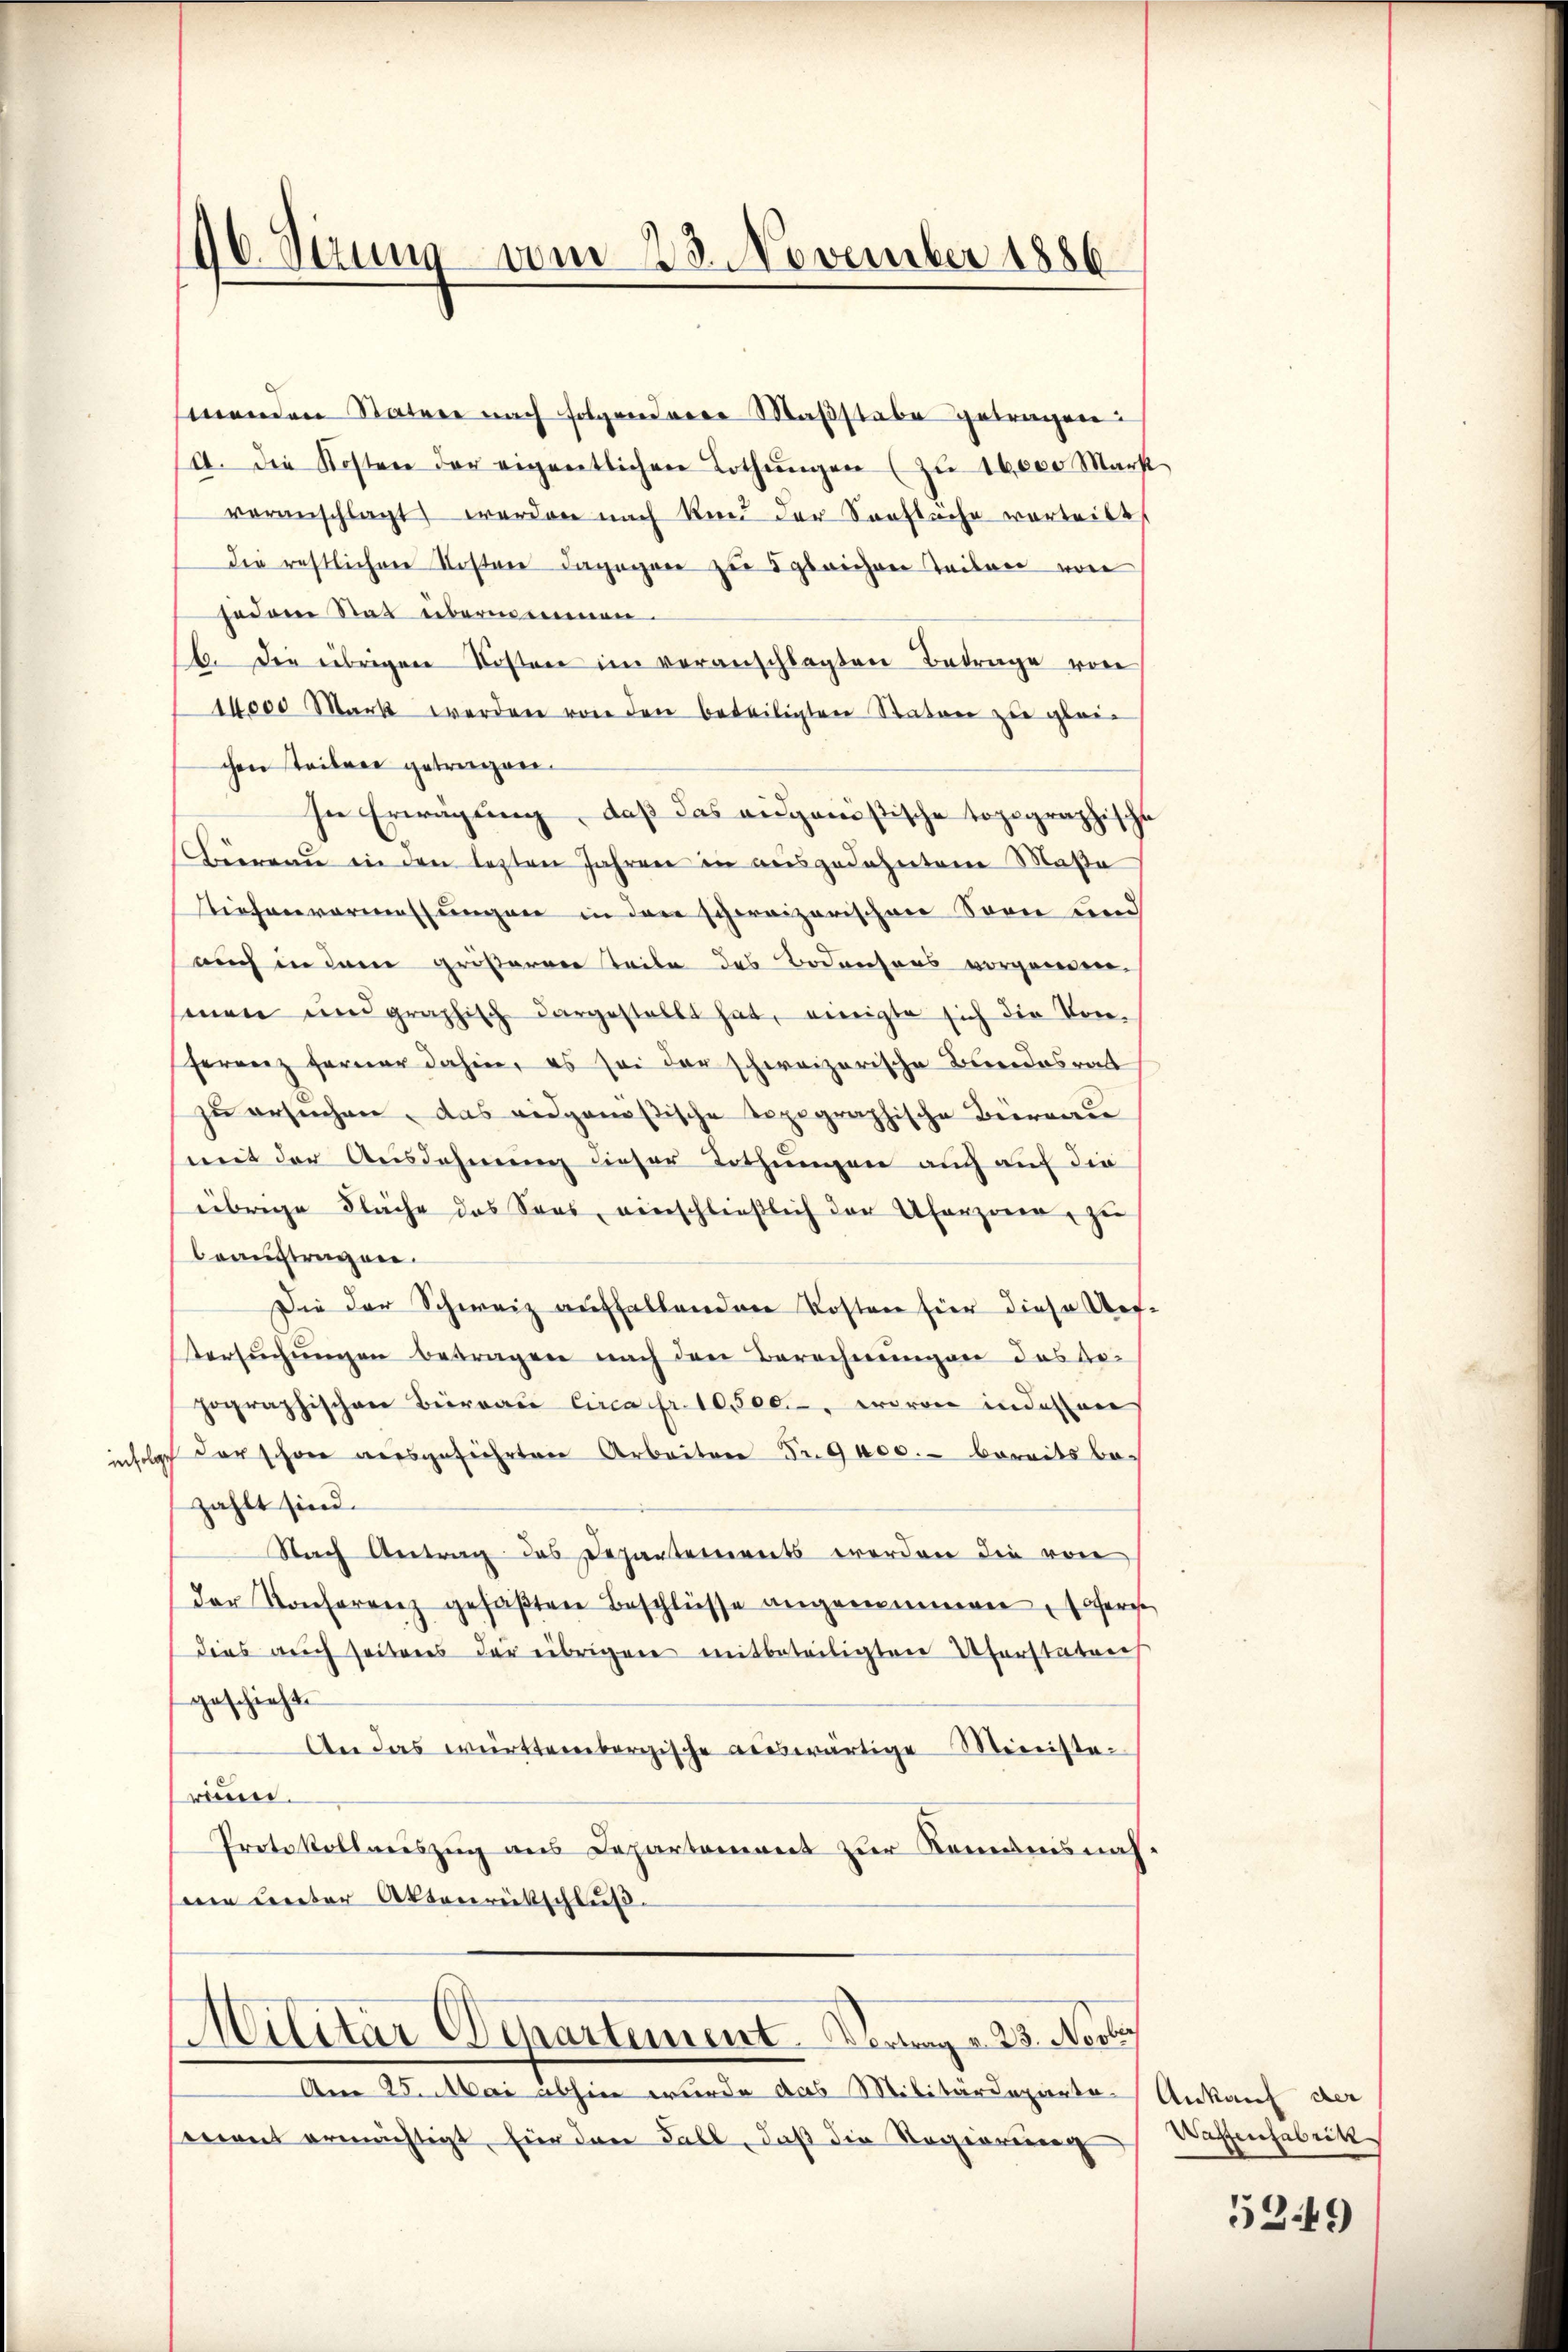
96. Sizung vom 23. November 1886.

menden Nature nach folgenderer Maßstabe getragen:
/A. die Kosten der eigentlichen Lothŭngen (zŭ 16,000 Markt
veranschlagt werden nach Kind der Sanfläche vorteilt
die restlichen Kosten dagegen zu 5 gleichen Teilen von
sodann Statt übernommenen.
f. Die übrigen Kosten im veranschlagten Betrage von
10000 Mark werden von den beteiligten Staten zu gleic
chen Teilen getragen.
sn Erwägung, daß das ausgenössische topographische
Biereau in den lezten Jahren in ausgedehntem Maße
Siehenvermessungen in den schweizerischen Sonne und
auch in dem größerren Teile des Bodensens vorgenden-
men und graphisch dargestellt hat, einigte sich die Vor-
Ferrenz ferner dahin, es sei der schweizerische Bundesrat
zu ersuchen, das eidgenößische Topographische Biernere
mit der Ausdehnung dieser Lothungen auch auf die
übrige Fläche das Sons, einschließlich der Uferzier, zu
beauftragen.
Die der Schweiz auffallenden Kosten hier diese Auf-
tersŭchŭngen betragen nach den Berechnungen das Arpographischen Büreau circa Fr. 10,500, wovon indessen
infolge der schone ausgeführten Arbeiten Fr. 9000.- bereitsbezahlt sind.
Nach Antrag des Departerrents werden die von
der Konferenz gefaβten Beschlüsse angenommen, sofern
dies auch seiteres der übrigen mitbeteiligten Uferstaten
geschieht.
An das württembergische auswärtige Ministeriun.
Protokollauszug aus Departement zŭr Kommnis nah
seen unter Aktenrütschluß

Militar Departement Verlang u. 23. Novber

Am 25. Mai abhin wurde das Militärdeparte-
ent ermächtigt, für den Fall, daß die Regierung

Ankauf der
Wastenfabrik

5349